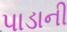
પાડાની